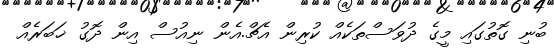
ބުނި ގޮތުގައި މީގެ ދުވަސްތަކެއް ކުރިން އެޗް.އެން ނިއުސް އިން ދޮގު ޚަބަރެއް